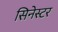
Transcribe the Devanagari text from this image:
सिनेस्टर